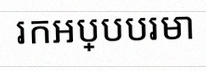
រកអប្បបរមា